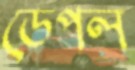
ডেপল